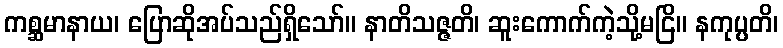
ကစ္ဆမာနာယ၊ ပြောဆိုအပ်သည်ရှိသော်။ နာတိသဇ္ဇတိ၊ ဆူးကောက်ကဲ့သို့မငြိ။ နကုပ္ပတိ၊